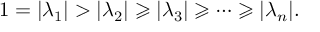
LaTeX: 1 = | \lambda _ { 1 } | > | \lambda _ { 2 } | \geqslant | \lambda _ { 3 } | \geqslant \cdots \geqslant | \lambda _ { n } | .